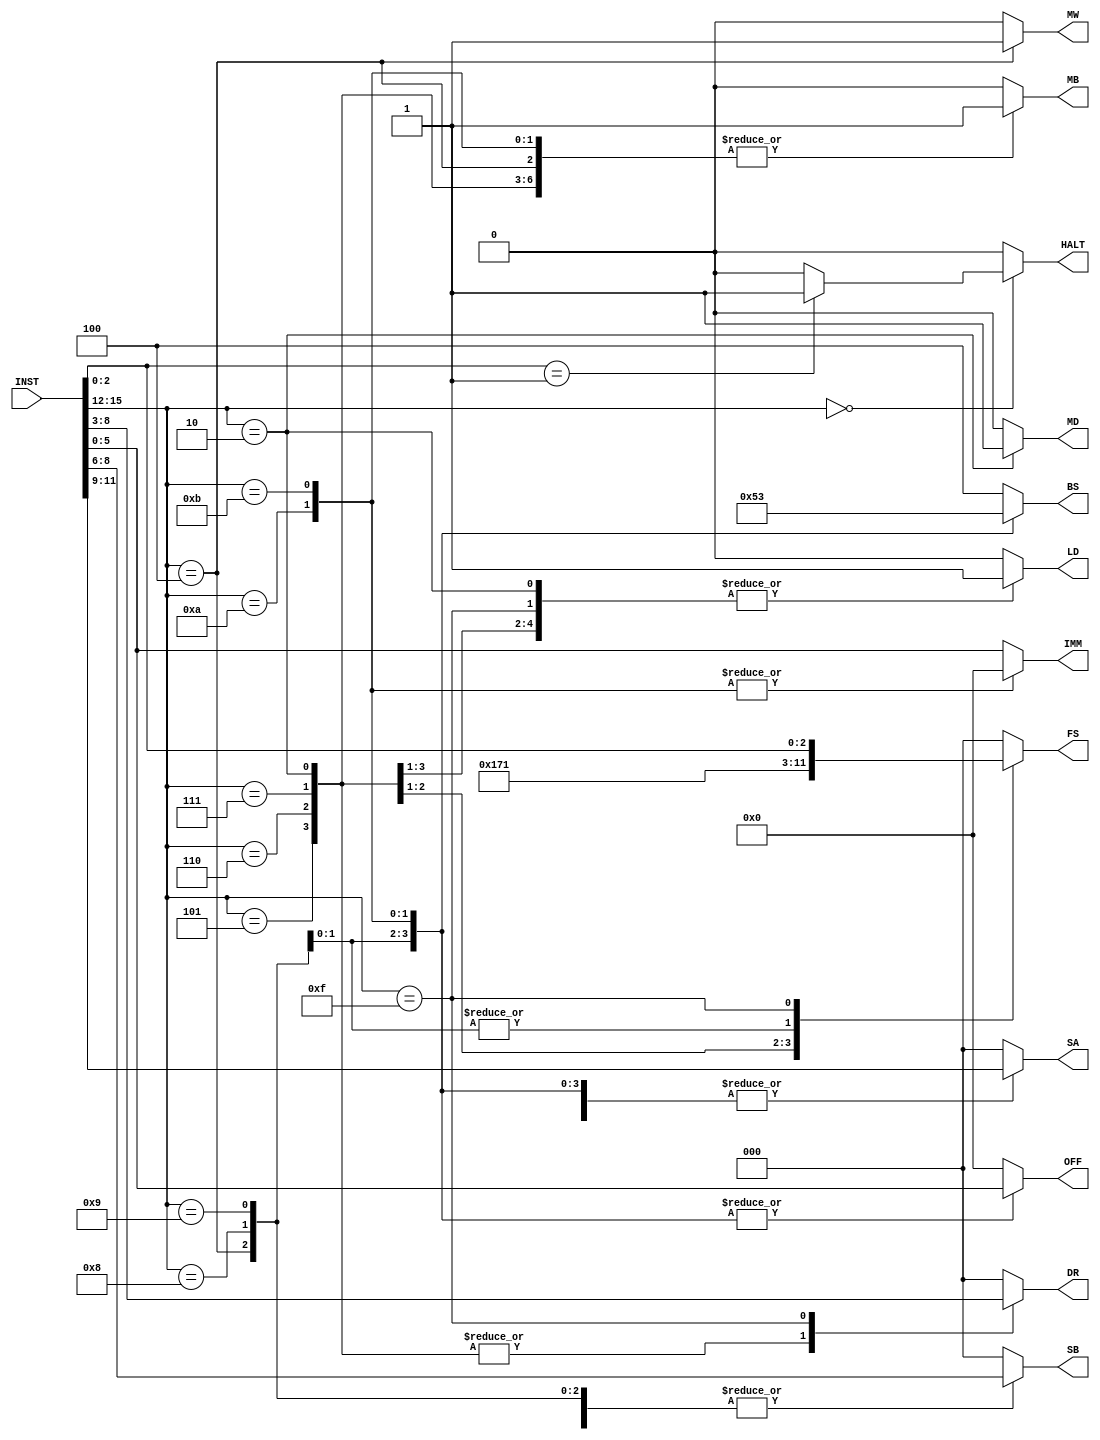
module decoder(INST, DR, SA, SB, IMM, MB, FS, MD, LD, MW, BS, OFF, HALT);

input [15:0]  INST;

output [2:0]  DR;
output [2:0]  SA;
output [2:0]  SB;
output [5:0]  IMM;
output        MB;
output [2:0]  FS;
output        MD;
output        LD;
output        MW;
output [2:0]  BS;
output [5:0]  OFF;
output        HALT;

reg [2:0] DR;
reg [2:0] SA;
reg [2:0] SB;
reg 		  MB;
reg [2:0] FS;
reg 		  MD;
reg		    LD;
reg 		  MW;
reg [2:0] BS;
reg [5:0] OFF;
reg 		  HALT;
reg [5:0] IMM;

wire [3:0] OP;
wire [2:0] RS;
wire [2:0] RT;
wire [2:0] RD;
wire [2:0] FUNCT;
wire [5:0] IMM_INST;

assign OP = INST[15:12];
assign RS = INST[11:9];
assign RT = INST[8:6];
assign RD = INST[5:3];
assign FUNCT = INST[2:0];
assign IMM_INST = INST[5:0];

always @(*) begin
	case (OP)
		4'b0000: begin
			DR = 3'b0;
			SA = 3'b0;
			SB = 3'b0;
			MB = 1'b0;
			FS = 3'b0;
			MD = 1'b0;
			LD = 1'b0;
			MW = 1'b0;
			BS = 3'b100;
			OFF = 6'b0;
			HALT = (FUNCT == 3'b001) ? 1'b1 : 1'b0;
			IMM = IMM_INST;
		end
		4'b0010: begin
			DR = RT;
			SA = RS;
			SB = 3'b0;
			MB = 1'b1;
			FS = 3'b000;
			MD = 1'b1;
			LD = 1'b1;
			MW = 1'b0;
			BS = 3'b100;
			OFF = 6'b0;
			HALT = 1'b0;
			IMM = IMM_INST;
		end
		4'b0100: begin
			DR = 3'b0;
			SA = RS;
			SB = RT;
			MB = 1'b1;
			FS = 3'b000;
			MD = 1'b0;
			LD = 1'b0;
			MW = 1'b1;
			BS = 3'b100;
			OFF = 6'b0;
			HALT = 1'b0;
			IMM = IMM_INST;
		end
		4'b0101: begin
			DR = RT;
			SA = RS;
			SB = 3'b0;
			MB = 1'b1;
			FS = 3'b000;
			MD = 1'b0;
			LD = 1'b1;
			MW = 1'b0;
			BS = 3'b100;
			OFF = 6'b0;
			HALT = 1'b0;
			IMM = IMM_INST;
		end
		4'b0110: begin
			DR = RT;
			SA = RS;
			SB = 3'b0;
			MB = 1'b1;
			FS = 3'b101;
			MD = 1'b0;
			LD = 1'b1;
			MW = 1'b0;
			BS = 3'b100;
			OFF = 6'b0;
			HALT = 1'b0;
			IMM = IMM_INST;
		end
		4'b0111: begin
			DR = RT;
			SA = RS;
			SB = 3'b0;
			MB = 1'b1;
			FS = 3'b110;
			MD = 1'b0;
			LD = 1'b1;
			MW = 1'b0;
			BS = 3'b100;
			OFF = 6'b0;
			HALT = 1'b0;
			IMM = IMM_INST;
		end
		4'b1000: begin
			DR = 3'b0;
			SA = RS;
			SB = RT;
			MB = 1'b0;
			FS = 3'b001;
			MD = 1'b0;
			LD = 1'b0;
			MW = 1'b0;
			BS = 3'b000;
			OFF = IMM_INST;
			HALT = 1'b0;
			IMM = IMM_INST;
		end
		4'b1001: begin
			DR = 3'b0;
			SA = RS;
			SB = RT;
			MB = 1'b0;
			FS = 3'b001;
			MD = 1'b0;
			LD = 1'b0;
			MW = 1'b0;
			BS = 3'b001;
			OFF = IMM_INST;
			HALT = 1'b0;
			IMM = IMM_INST;
		end
		4'b1010: begin
			DR = 3'b0;
			SA = RS;
			SB = 3'b0;
			MB = 1'b1;
			FS = 3'b000;
			MD = 1'b0;
			LD = 1'b0;
			MW = 1'b0;
			BS = 3'b010;
			OFF = IMM_INST;
			HALT = 1'b0;
			IMM = 6'b0;
		end
		4'b1011: begin
			DR = 3'b0;
			SA = RS;
			SB = 3'b0;
			MB = 1'b1;
			FS = 3'b000;
			MD = 1'b0;
			LD = 1'b0;
			MW = 1'b0;
			BS = 3'b011;
			OFF = IMM_INST;
			HALT = 1'b0;
			IMM = 6'b0;
		end
		4'b1111: begin
			DR = RD;
			SA = RS;
			SB = RT;
			MB = 1'b0;
			FS = FUNCT;
			MD = 1'b0;
			LD = 1'b1;
			MW = 1'b0;
			BS = 3'b100;
			OFF = 6'b0;
			HALT = 1'b0;
			IMM = IMM_INST;
		end
		default: begin
			DR = 3'b0;
			SA = 3'b0;
			SB = 3'b0;
			MB = 1'b0;
			FS = 3'b0;
			MD = 1'b0;
			LD = 1'b0;
			MW = 1'b0;
			BS = 3'b100;
			OFF = 6'b0;
			HALT = 1'b0;
			IMM = IMM_INST;
		end
	endcase

end

endmodule